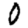
Digit: 0